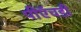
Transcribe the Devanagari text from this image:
पीऍचडी